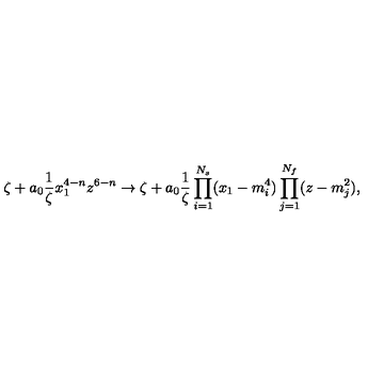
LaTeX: \zeta + a _ { 0 } \frac { 1 } { \zeta } x _ { 1 } ^ { 4 - n } z ^ { 6 - n } \to \zeta + a _ { 0 } \frac { 1 } { \zeta } \prod _ { i = 1 } ^ { N _ { s } } ( x _ { 1 } - m _ { i } ^ { 4 } ) \prod _ { j = 1 } ^ { N _ { f } } ( z - m _ { j } ^ { 2 } ) ,